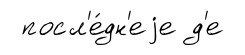
посл'е́дн'еjе д'е